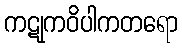
ကဋုကဝိပါကတရော